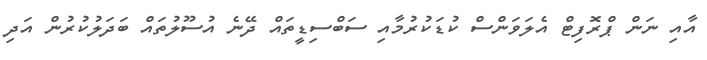
އާއި ނަން ޕްރޮފިޓް އެލަވަންސް ކުޑަކުރުމާއި ސަބްސިޑީތައް ދޭނެ އުސޫލުތައް ބަދަލުކުރުން އަދި